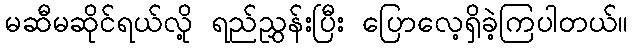
မဆီမဆိုင်ရယ်လို့ ရည်ညွှန်းပြီး ပြောလေ့ရှိခဲ့ကြပါတယ်။